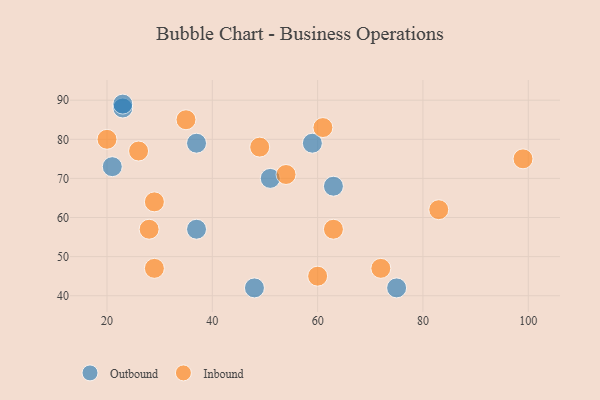
{"axis": {"x": "GDP", "y": "Life Expectancy"}, "legend": ["Inbound", "Outbound"], "data": [{"x": "23", "y": 88, "type": "Outbound"}, {"x": "48", "y": 42, "type": "Outbound"}, {"x": "75", "y": 42, "type": "Outbound"}, {"x": "37", "y": 79, "type": "Outbound"}, {"x": "23", "y": 89, "type": "Outbound"}, {"x": "21", "y": 73, "type": "Outbound"}, {"x": "37", "y": 57, "type": "Outbound"}, {"x": "59", "y": 79, "type": "Outbound"}, {"x": "63", "y": 68, "type": "Outbound"}, {"x": "51", "y": 70, "type": "Outbound"}, {"x": "99", "y": 75, "type": "Inbound"}, {"x": "28", "y": 57, "type": "Inbound"}, {"x": "61", "y": 83, "type": "Inbound"}, {"x": "54", "y": 71, "type": "Inbound"}, {"x": "83", "y": 62, "type": "Inbound"}, {"x": "35", "y": 85, "type": "Inbound"}, {"x": "20", "y": 80, "type": "Inbound"}, {"x": "60", "y": 45, "type": "Inbound"}, {"x": "29", "y": 64, "type": "Inbound"}, {"x": "72", "y": 47, "type": "Inbound"}, {"x": "26", "y": 77, "type": "Inbound"}, {"x": "63", "y": 57, "type": "Inbound"}, {"x": "49", "y": 78, "type": "Inbound"}, {"x": "29", "y": 47, "type": "Inbound"}]}